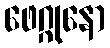
ဖေဂ္ဂုနော